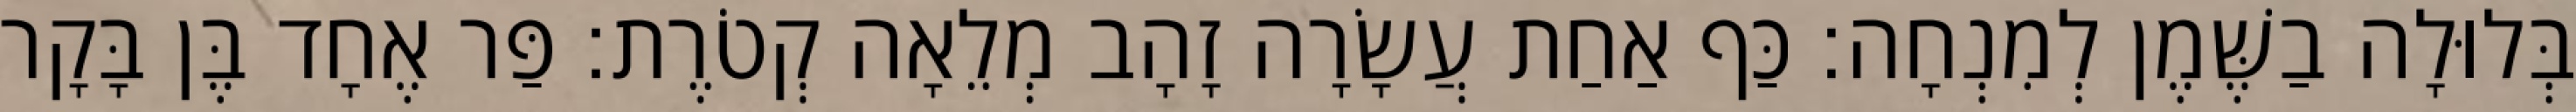
בְּלוּלָה בַשֶּׁמֶן לְמִנְחָה׃ כַּף אַחַת עֲשָׂרָה זָהָב מְלֵאָה קְטֹרֶת׃ פַּר אֶחָד בֶּן בָּקָר